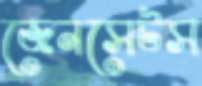
জেনসেটস